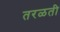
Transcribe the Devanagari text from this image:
तरळती